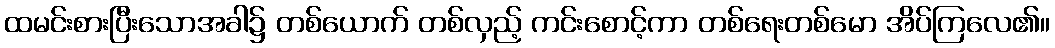
ထမင်းစားပြီးသောအခါ၌ တစ်ယောက် တစ်လှည့် ကင်းစောင့်ကာ တစ်ရေးတစ်မော အိပ်ကြလေ၏။